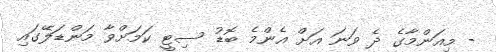
- މިއަންމާގެ ދެ ވަނަ އަށް އެންމެ ބޮޑު ސިޓީ ކަމަށްވާ މަންޑަލޭގައި